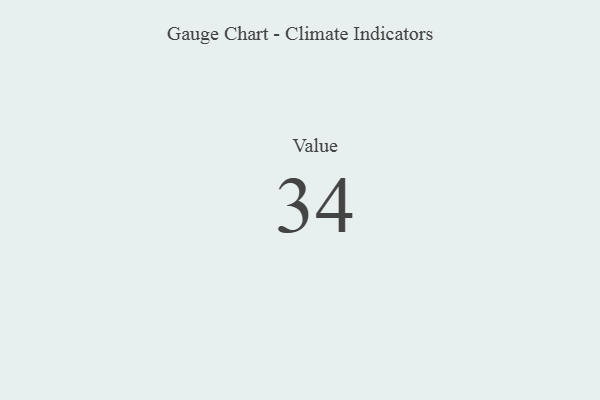
{"axis": {"x": "Metric", "y": "Value"}, "legend": [""], "data": [{"x": "Value", "y": 34, "type": ""}]}